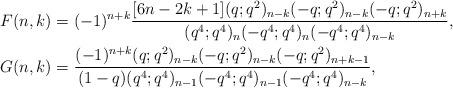
LaTeX: \begin{align*}F(n,k) &=(-1)^{n+k}\frac{[6n-2k+1](q;q^2)_{n-k}(-q;q^2)_{n-k}(-q;q^2)_{n+k}}{(q^4;q^4)_{n} (-q^4;q^4)_{n}(-q^4;q^4)_{n-k}}, \\G(n,k) &=\frac{(-1)^{n+k}(q;q^2)_{n-k}(-q;q^2)_{n-k}(-q;q^2)_{n+k-1}}{(1-q)(q^4;q^4)_{n-1}(-q^4;q^4)_{n-1}(-q^4;q^4)_{n-k}},\end{align*}